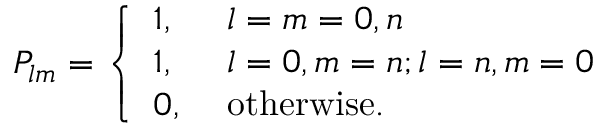
P _ { l m } = \left\{ \begin{array} { l l } { 1 , \ } & { l = m = 0 , n } \\ { 1 , \ } & { l = 0 , m = n ; l = n , m = 0 } \\ { 0 , \ } & { \mathrm { o t h e r w i s e } . } \end{array} \right.